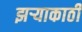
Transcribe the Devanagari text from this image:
झर्‍याकाठी